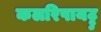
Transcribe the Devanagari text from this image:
कलरिपायट्टु